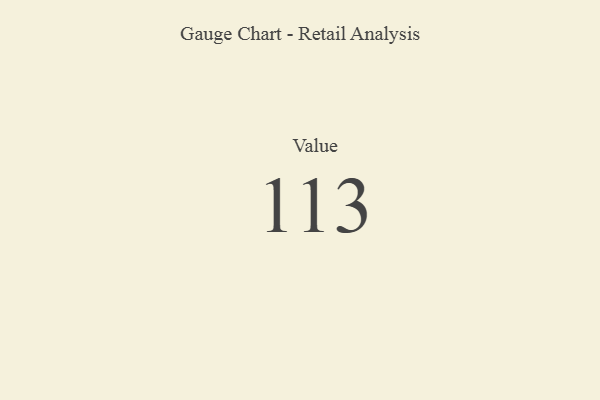
{"axis": {"x": "Metric", "y": "Value"}, "legend": [""], "data": [{"x": "Value", "y": 113, "type": ""}]}